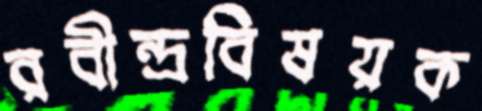
রবীন্দ্রবিষয়ক